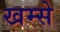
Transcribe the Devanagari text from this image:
खम्से